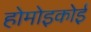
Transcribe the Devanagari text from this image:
होमोइकोई